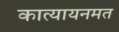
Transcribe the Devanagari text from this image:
कात्यायनमत